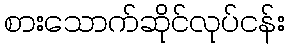
စားသောက်ဆိုင်လုပ်ငန်း